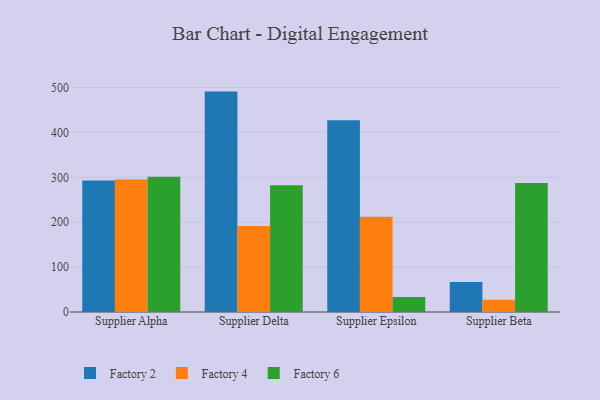
{"axis": {"x": "Supplier", "y": "Conversion Rate (%)"}, "legend": ["Factory 2", "Factory 4", "Factory 6"], "data": [{"x": "Supplier Alpha", "y": 292.7, "type": "Factory 2"}, {"x": "Supplier Alpha", "y": 295.1, "type": "Factory 4"}, {"x": "Supplier Alpha", "y": 301.1, "type": "Factory 6"}, {"x": "Supplier Delta", "y": 490.9, "type": "Factory 2"}, {"x": "Supplier Delta", "y": 191.7, "type": "Factory 4"}, {"x": "Supplier Delta", "y": 282.2, "type": "Factory 6"}, {"x": "Supplier Epsilon", "y": 427.1, "type": "Factory 2"}, {"x": "Supplier Epsilon", "y": 212.1, "type": "Factory 4"}, {"x": "Supplier Epsilon", "y": 33.3, "type": "Factory 6"}, {"x": "Supplier Beta", "y": 66.6, "type": "Factory 2"}, {"x": "Supplier Beta", "y": 27.2, "type": "Factory 4"}, {"x": "Supplier Beta", "y": 287.4, "type": "Factory 6"}]}